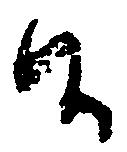
候